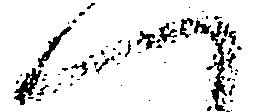
へ